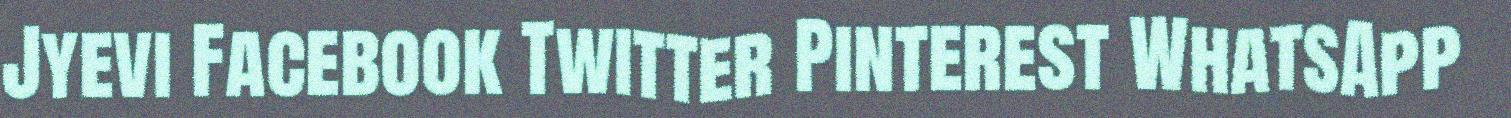
Jyevi Facebook Twitter Pinterest WhatsApp